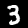
Label: 3